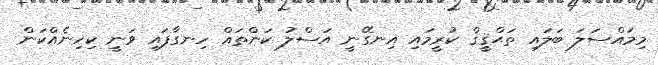
މިމައްސަލަ ބަލައި ތަޙްޤީޤް ކުރީމައި އިނގޭނީ އަސްލު ކަންތައް ހިނގާފައި ވަނީ ކިހިނެއްކަން